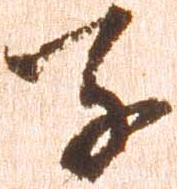
子